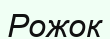
Рожок